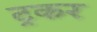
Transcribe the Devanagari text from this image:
ट्रकर